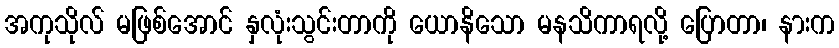
အကုသိုလ် မဖြစ်အောင် နှလုံးသွင်းတာကို ယောနိသော မနသိကာရလို့ ပြောတာ၊ နားက